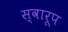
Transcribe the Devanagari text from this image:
स्वारूप